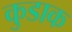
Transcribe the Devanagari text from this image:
कुडाक